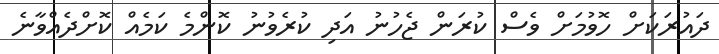
ދައުރަކަށް ހޮވުމަށް ވެސް ކުރަން ޖެހުނު އަދި ކުރެވުނު ކޮންމެ ކަމެއް ކޮށްދެއްވާނެ